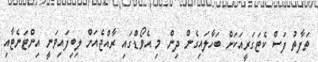
ތަފާތު ފަސް ކެޓަގަރީއަކަށް ބަހާލައިގެން ދިން މި އެވޯޑްގައި ރާއްޖެއަށް ލިބިފައިވަނީ އިންޓަނެޓާއި